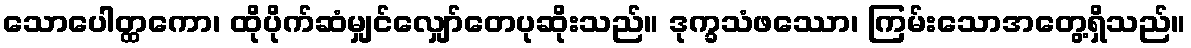
သောပေါတ္ထကော၊ ထိုပိုက်ဆံမျှင်လျှော်တေပုဆိုးသည်။ ဒုက္ခသံဖဿော၊ ကြမ်းသောအတွေ့ရှိသည်။